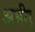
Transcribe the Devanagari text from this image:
अभीर्